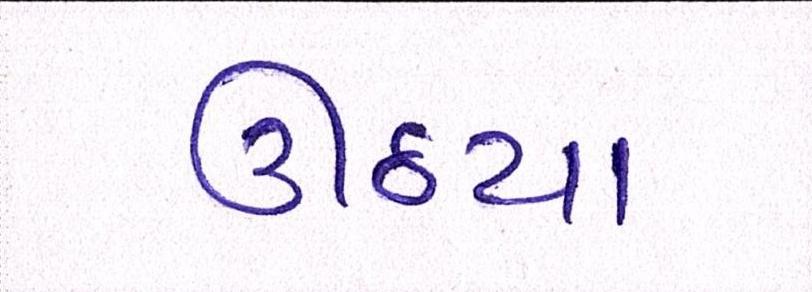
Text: ઊઠયા